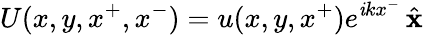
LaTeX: U(x,y,x^{+},x^{-})=u(x,y,x^{+})e^{\mathit{i}kx^{-}}\, {\hat{{\mathbf{{x}}}}}